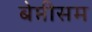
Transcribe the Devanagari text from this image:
बेप्तीसम